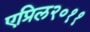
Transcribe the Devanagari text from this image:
एप्रिल२०११